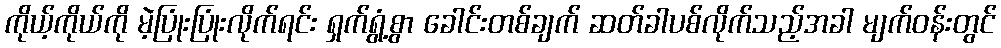
ကိုယ့်ကိုယ်ကို မဲ့ပြုံးပြုံးလိုက်ရင်း ရှက်ရွံ့စွာ ခေါင်းတစ်ချက် ဆတ်ခါပစ်လိုက်သည့်အခါ မျက်ဝန်းတွင်